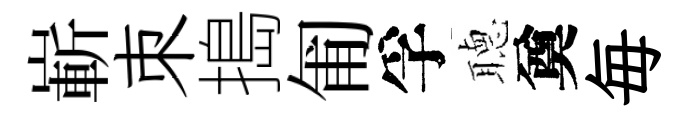
嶄朿搗匍孚𦗟奠毎